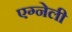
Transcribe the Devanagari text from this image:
एग्नेली